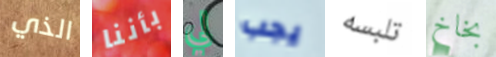
الذي بأننا لي يجب تلبسه بخاخ